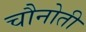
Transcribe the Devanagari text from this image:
चौनोती